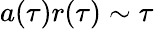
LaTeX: a(\tau)r(\tau)\sim\tau